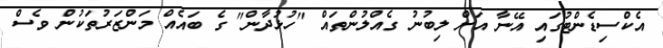
އެކްސިޑެންޓުގައި އޭނާ އަށް ލިބުނު ގެއްލުންތައް "ހުޅުދާން" ގެ ބައެއް މަންޒަރުތަކުން ވެސް